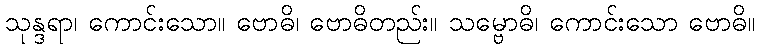
သုန္ဒရာ၊ ကောင်းသော။ ဗောဓိ၊ ဗောဓိတည်း။ သမ္ဗောဓိ၊ ကောင်းသော ဗောဓိ။